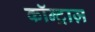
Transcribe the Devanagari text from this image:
कॉन्ट्राज़